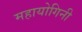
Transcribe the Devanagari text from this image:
महायोगिनी